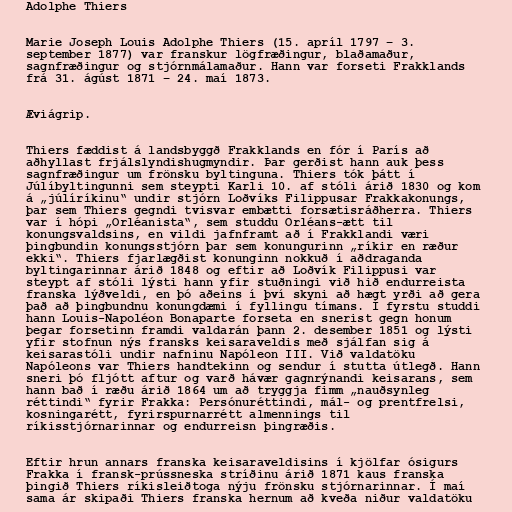
Adolphe Thiers

Marie Joseph Louis Adolphe Thiers (15. apríl 1797 – 3.
september 1877) var franskur lögfræðingur, blaðamaður,
sagnfræðingur og stjórnmálamaður. Hann var forseti Frakklands
frá 31. ágúst 1871 – 24. maí 1873.

Æviágrip.

Thiers fæddist á landsbyggð Frakklands en fór í París að
aðhyllast frjálslyndishugmyndir. Þar gerðist hann auk þess
sagnfræðingur um frönsku byltinguna. Thiers tók þátt í
Júlíbyltingunni sem steypti Karli 10. af stóli árið 1830 og kom
á „júlíríkinu“ undir stjórn Loðvíks Filippusar Frakkakonungs,
þar sem Thiers gegndi tvisvar embætti forsætisráðherra. Thiers
var í hópi „Orléanista“, sem studdu Orléans-ætt til
konungsvaldsins, en vildi jafnframt að í Frakklandi væri
þingbundin konungsstjórn þar sem konungurinn „ríkir en ræður
ekki“. Thiers fjarlægðist konunginn nokkuð í aðdraganda
byltingarinnar árið 1848 og eftir að Loðvík Filippusi var
steypt af stóli lýsti hann yfir stuðningi við hið endurreista
franska lýðveldi, en þó aðeins í því skyni að hægt yrði að gera
það að þingbundnu konungdæmi í fyllingu tímans. Í fyrstu studdi
hann Louis-Napoléon Bonaparte forseta en snerist gegn honum
þegar forsetinn framdi valdarán þann 2. desember 1851 og lýsti
yfir stofnun nýs fransks keisaraveldis með sjálfan sig á
keisarastóli undir nafninu Napóleon III. Við valdatöku
Napóleons var Thiers handtekinn og sendur í stutta útlegð. Hann
sneri þó fljótt aftur og varð hávær gagnrýnandi keisarans, sem
hann bað í ræðu árið 1864 um að tryggja fimm „nauðsynleg
réttindi“ fyrir Frakka: Persónuréttindi, mál- og prentfrelsi,
kosningarétt, fyrirspurnarrétt almennings til
ríkisstjórnarinnar og endurreisn þingræðis.

Eftir hrun annars franska keisaraveldisins í kjölfar ósigurs
Frakka í fransk-prússneska stríðinu árið 1871 kaus franska
þingið Thiers ríkisleiðtoga nýju frönsku stjórnarinnar. Í maí
sama ár skipaði Thiers franska hernum að kveða niður valdatöku